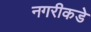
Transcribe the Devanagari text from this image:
नगरीकडे